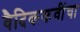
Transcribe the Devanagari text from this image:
वैदिककवींचा